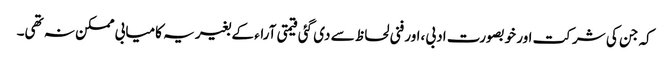
کہ جن کی شرکت اور خوبصورت ادبی ،اور فنی لحاظ سے دی گئی قیمتی آراء کے بغیر یہ کامیابی ممکن نہ تھی۔